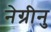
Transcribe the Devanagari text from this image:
नेग्रीनु